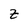
Character: z